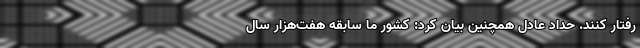
رفتار کنند. حداد عادل همچنین بیان کرد: کشور ما سابقه هفت‌هزار سال